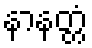
နာနတ္တံ